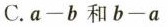
C.$$a-b$$和$$b-a$$